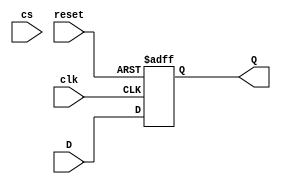
`timescale 1ns / 1ps
//////////////////////////////////////////////////////////////////////////////////
// Company: CECS 460 - System on Chip Design
// 
// Design Name: 
// Module Name:    lb_dff_posReset 
// Project Name: 
// Target Devices: 
// Tool versions: 
// Description: 1 bit D flip-flop, posedge sensitive reset.
//
//////////////////////////////////////////////////////////////////////////////////
module lb_dff_posReset(
    input D, 		//Data input
    input clk, 		//Clock 
    input reset,	//Reset
	input cs,		//chip select
	output reg Q 	//Data 
    );
	
always @ (posedge clk or posedge reset) 
	//if (cs) 
		if(reset)
			Q <= 1'b0;
		else 
			Q <= D;
	
endmodule